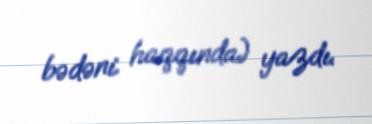
bədəni haqqında) yazdı.